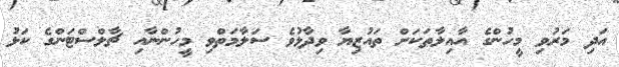
އަދި މަރުވި މީހުންގެ އާއިލާތަކަށް ތައުޒިޔާ ވިދާޅުވެ ސަލާމަތްވި މީހުންނާއި ޗާލްސްޓަންގެ ކަޅު